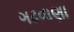
ગઢવાણા